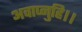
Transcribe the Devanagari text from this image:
अवाप्नुहि।।